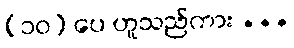
(၁၀) ပေ ဟူသည်ကား ...